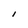
Character: i